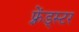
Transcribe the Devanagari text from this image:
फ़्रेंड्स्टर